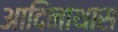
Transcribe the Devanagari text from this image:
आदिनाथास